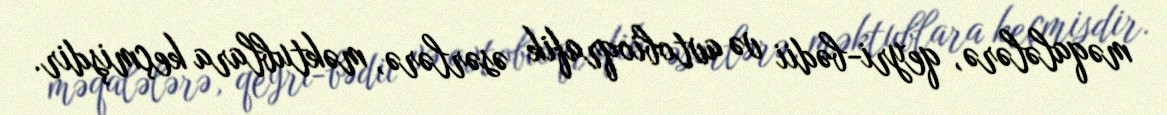
məqalələrə, qeyri-bədii və avtobioqrafik əsərlərə, məktublara keçmişdir.